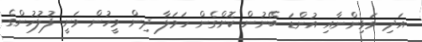
އަދި ވަޅިންނާއި އުންޑަ ބޭނުން ކޮށްގެން ހަމަލާ ދިން މީހުން ވަނީ ފުލުުހުންގެ